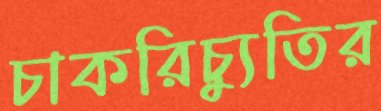
চাকরিচ্যুতির